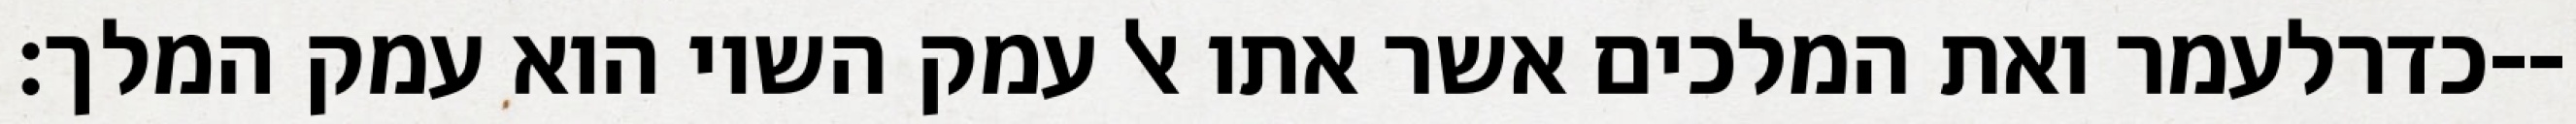
כדרלעמר ואת המלכים אשר אתו אל עמק השוי הוא עמק המלך׃--